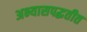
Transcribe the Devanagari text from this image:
अभ्यासपद्धतीत